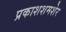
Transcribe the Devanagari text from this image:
प्रकाशशमशेर